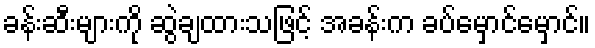
ခန်းဆီးများကို ဆွဲချထားသဖြင့် အခန်းက ခပ်မှောင်မှောင်။